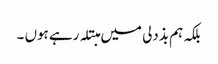
بلکہ ہم بذدلی میں مبتلہ رہے ہوں ۔